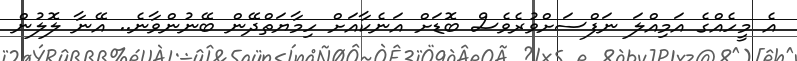
އެ މީހެއްގެ އަމިއްލަ ނަފްސަށްވުރެވެސް ބޮޑަށް އަނެކާއަށް ހިމާޔަތްދޭން ބޭނުންވާނެ.. އޭނާ ލޮލުން